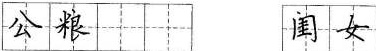
公粮闺女